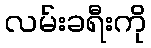
လမ်းခရီးကို